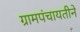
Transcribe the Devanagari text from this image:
ग्रामपंचायतीने